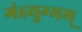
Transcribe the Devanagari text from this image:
गंडयुग्मम्